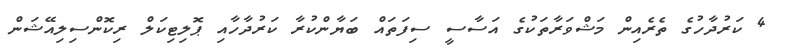
4 ކަރުދާހުގެ ތެރެއިން މަޝްވަރާތަކުގެ އަސާސީ ސިފަތައް ބަޔާންކުރާ ކަރުދާހާއި ޕޮލިޓިކަލް ރިކޮންސިލިއޭޝަން